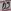
Text: D9